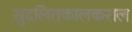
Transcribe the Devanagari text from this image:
सुदलितकालकराल